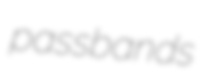
passbands